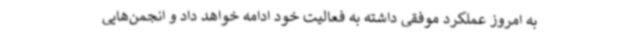
به امروز عملکرد موفقی داشته به فعالیت خود ادامه خواهد داد و انجمن‌هایی